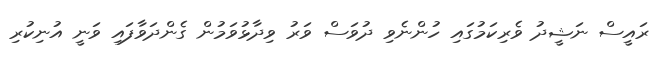
ރައީސް ނަޝީދު ވެރިކަމުގައި ހުންނެވި ދުވަސް ވަރު ވިދާޅުވަމުން ގެންދަވާފައި ވަނީ އުނިކުރި